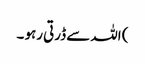
) اللہ سے ڈرتی رہو ۔